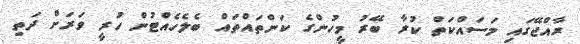
ރާއްޖޭގައި މަސައްކަތް ކުރާ ބޭރު މީހުންގެ ކަންތައްތައް ބެލެހެއްޓުން ހުރީ ވަރަށް ދަތި